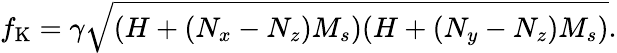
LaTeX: f_{\mathrm{{K}}}=\gamma\sqrt{(H+(N_{x}-N_{z})M_{s})(H+(N_{y}-N_{z})M_{s})}.